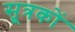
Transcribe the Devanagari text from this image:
सूत्रकों